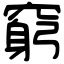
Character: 窮